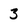
Character: 3